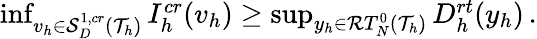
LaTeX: \begin{array}{r}{\operatorname*{inf}_{v_{h}\in\mathcal{S}_{D}^{1,\textit{cr}}(\mathcal{T}_{h})}{I_{h}^{\textit{cr}}(v_{h})}\ge\operatorname*{sup}_{y_{h}\in\mathcal{R}T_{N}^{0}(\mathcal{T}_{h})}{D_{h}^{\textit{rt}}(y_{h})}\, .}\end{array}